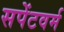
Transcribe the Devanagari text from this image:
सपेंटवर्म